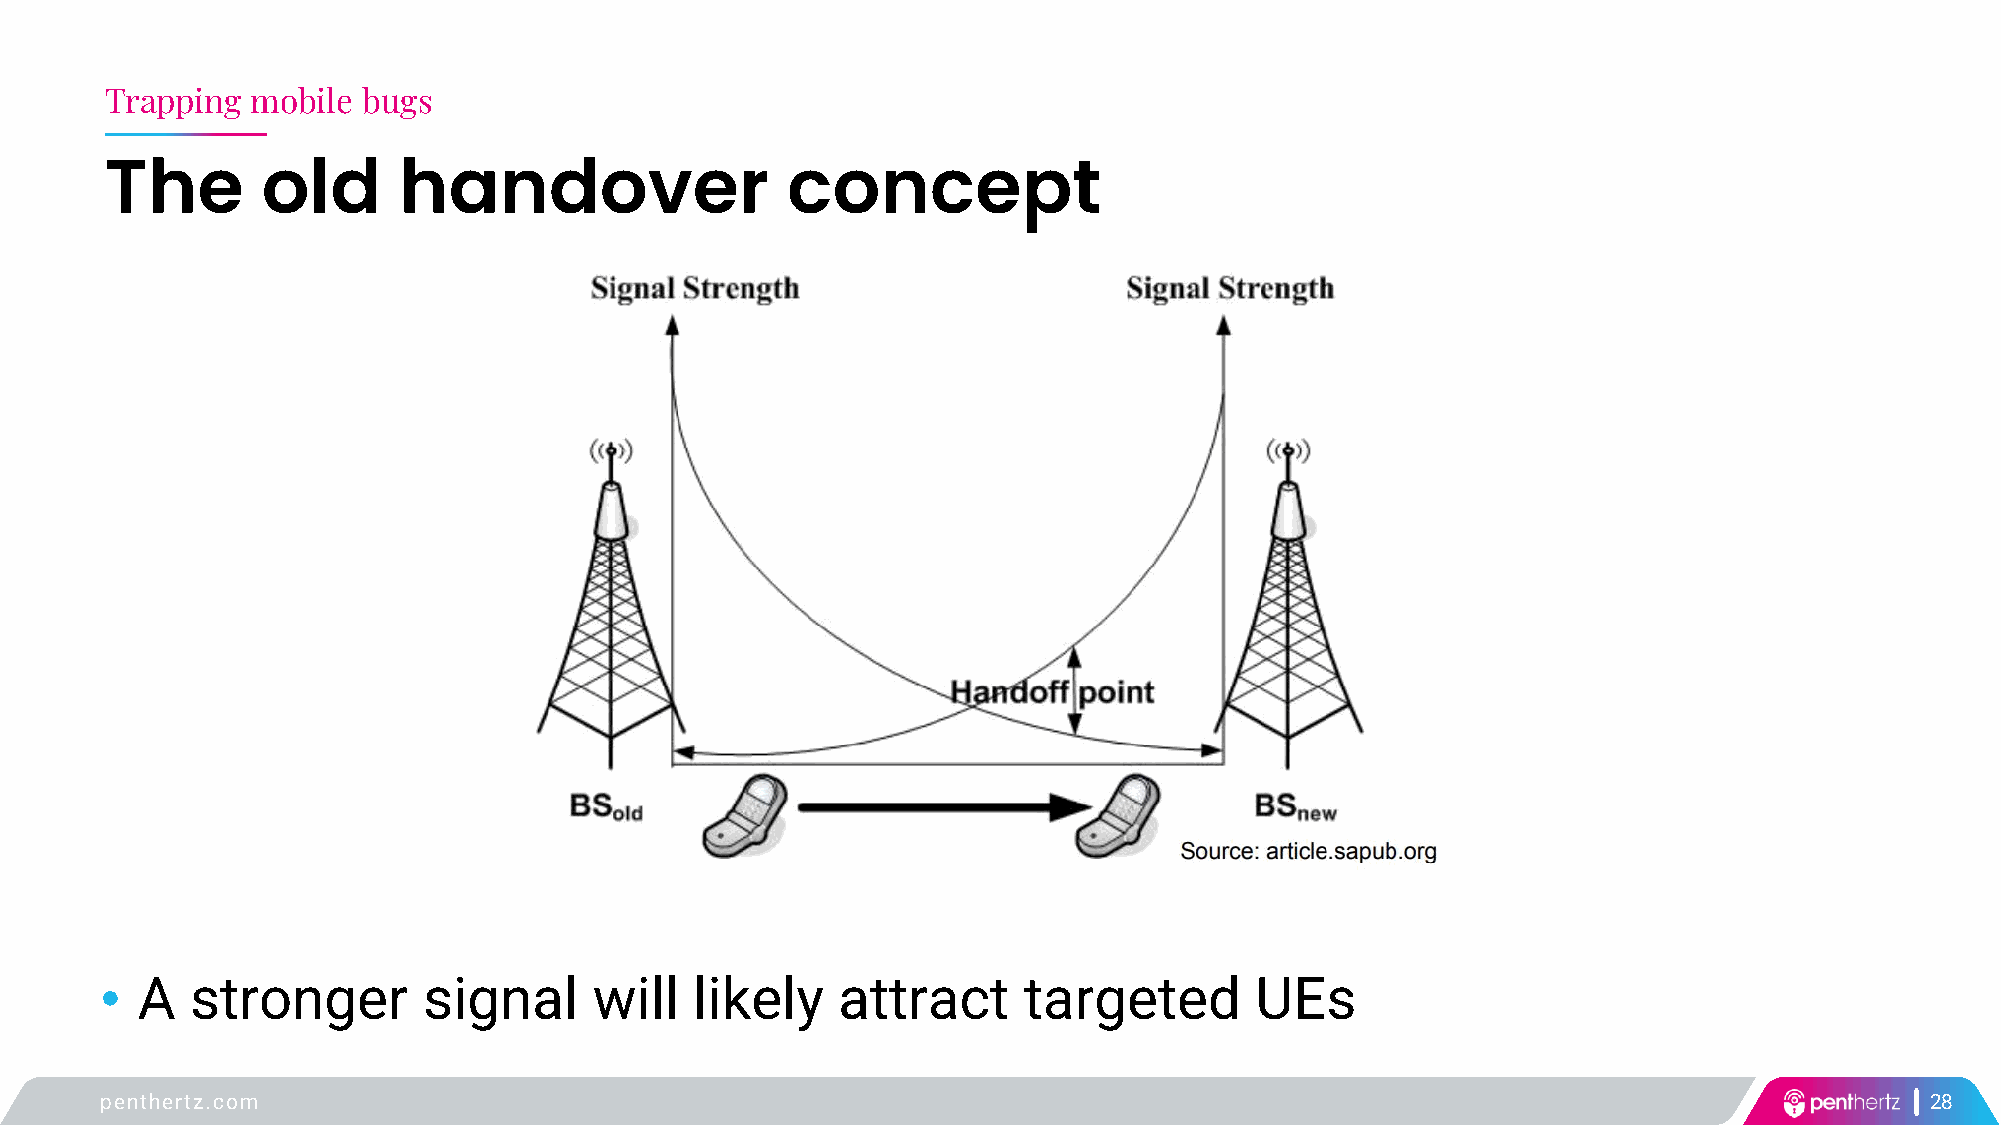
Trapping  mobile bugs
 The       old      handover                  concept
 • A   stronger       signal     will   likely   attract      targeted       UEs
 penthertz.com                                                                                                            28